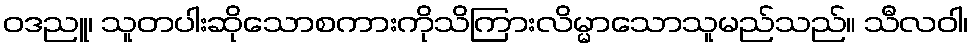
ဝဒညူ၊ သူတပါးဆိုသောစကားကိုသိကြားလိမ္မာသောသူမည်သည်။ သီလဝါ၊